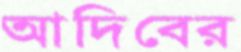
আদিবের